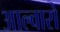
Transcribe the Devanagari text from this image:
आल्वारो